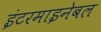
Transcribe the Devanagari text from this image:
इंटरमाइनेबल